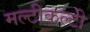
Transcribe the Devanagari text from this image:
मल्टीकल्टी